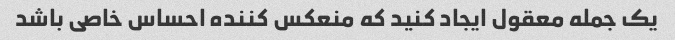
یک جمله معقول ایجاد کنید که منعکس کننده احساس خاصی باشد